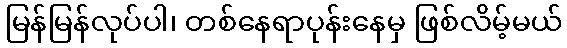
မြန်မြန်လုပ်ပါ၊ တစ်နေရာပုန်းနေမှ ဖြစ်လိမ့်မယ်